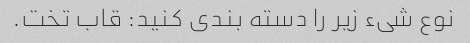
نوع شیء زیر را دسته بندی کنید: قاب تخت.